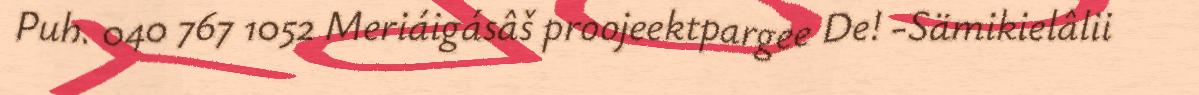
Puh. 040 767 1052 Meriáigásâš proojeektpargee De! -Sämikielâlii